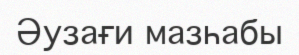
Әузағи мазһабы